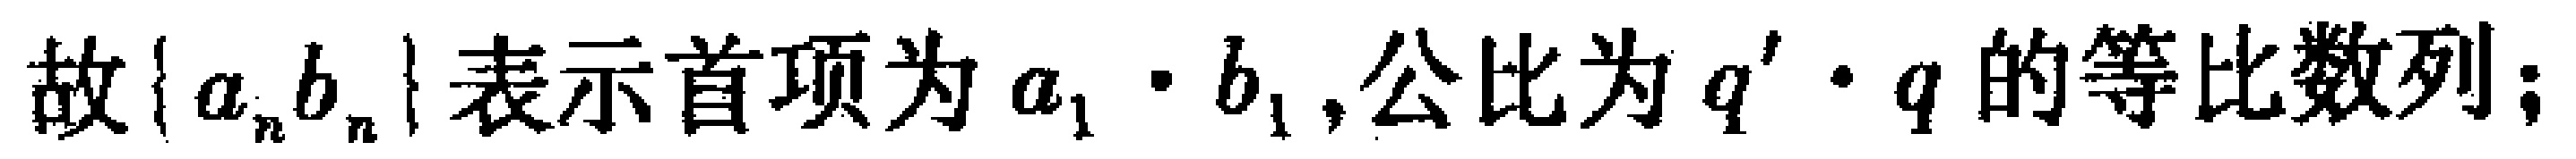
故\(\{a_{n}b_{n}\}\)表示首项为\(a_{1}\cdot b_{1}\),公比为\(q^{\prime}\cdot q\)的等比数列；